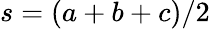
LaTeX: s=(a+b+c)/2